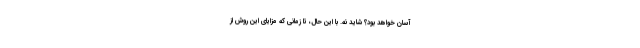
آسان خواهد بود؟ شاید نه. با این حال، تا زمانی که مزایای این روش از